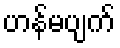
ဟန်မပျက်